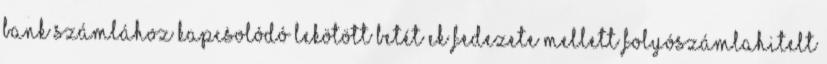
Bank számlához kapcsolódó lekötött betét ek fedezete mellett Folyószámlahitelt